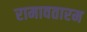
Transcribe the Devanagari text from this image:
रामावतारम